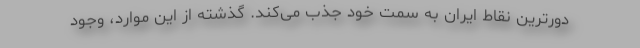
دورترین نقاط ایران به سمت خود جذب می‌کند. گذشته از این موارد، وجود